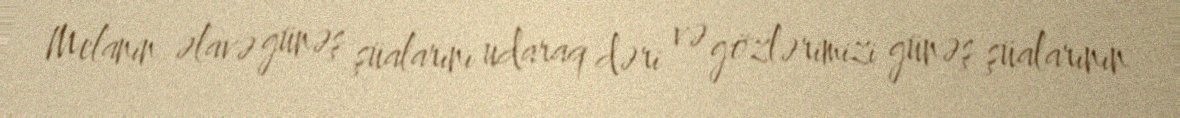
Melanin əlavə günəş şüalarını udaraq dəri və gözlərimizi günəş şüalarının